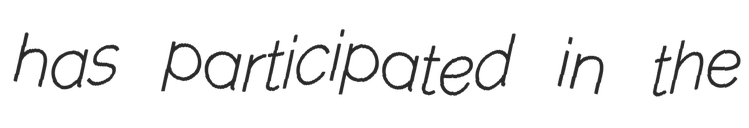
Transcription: has participated in the